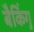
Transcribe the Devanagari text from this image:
बैकिंगु